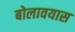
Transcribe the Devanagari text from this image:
बोलावयास